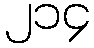
၂၁၄